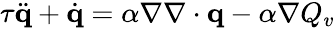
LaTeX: \begin{array}{r}{\tau\ddot{\mathbf q}+\dot{\mathbf q}=\alpha\nabla\nabla\cdot\mathbf q-\alpha\nabla Q_{v}}\end{array}